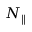
N _ { \parallel }